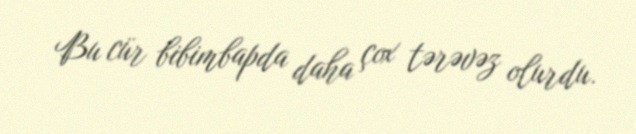
Bu cür bibimbapda daha çox tərəvəz olurdu.